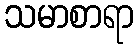
သမာစာရာ